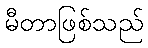
မီတာဖြစ်သည်